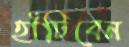
হাঁটিবেন